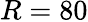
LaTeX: R=80